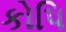
કોપિ